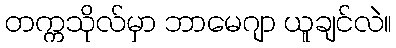
တက္ကသိုလ်မှာ ဘာမေဂျာ ယူချင်လဲ။